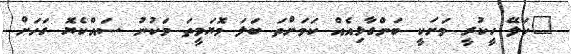
"ކަލޭ ހީކުރީ މަށަކީ ބަންގާޅިއެއް ކަމަށްތަ ބަލަ މޮޔަވީތަ މަކުނު ސައްކެޔޮ ގަހަށް